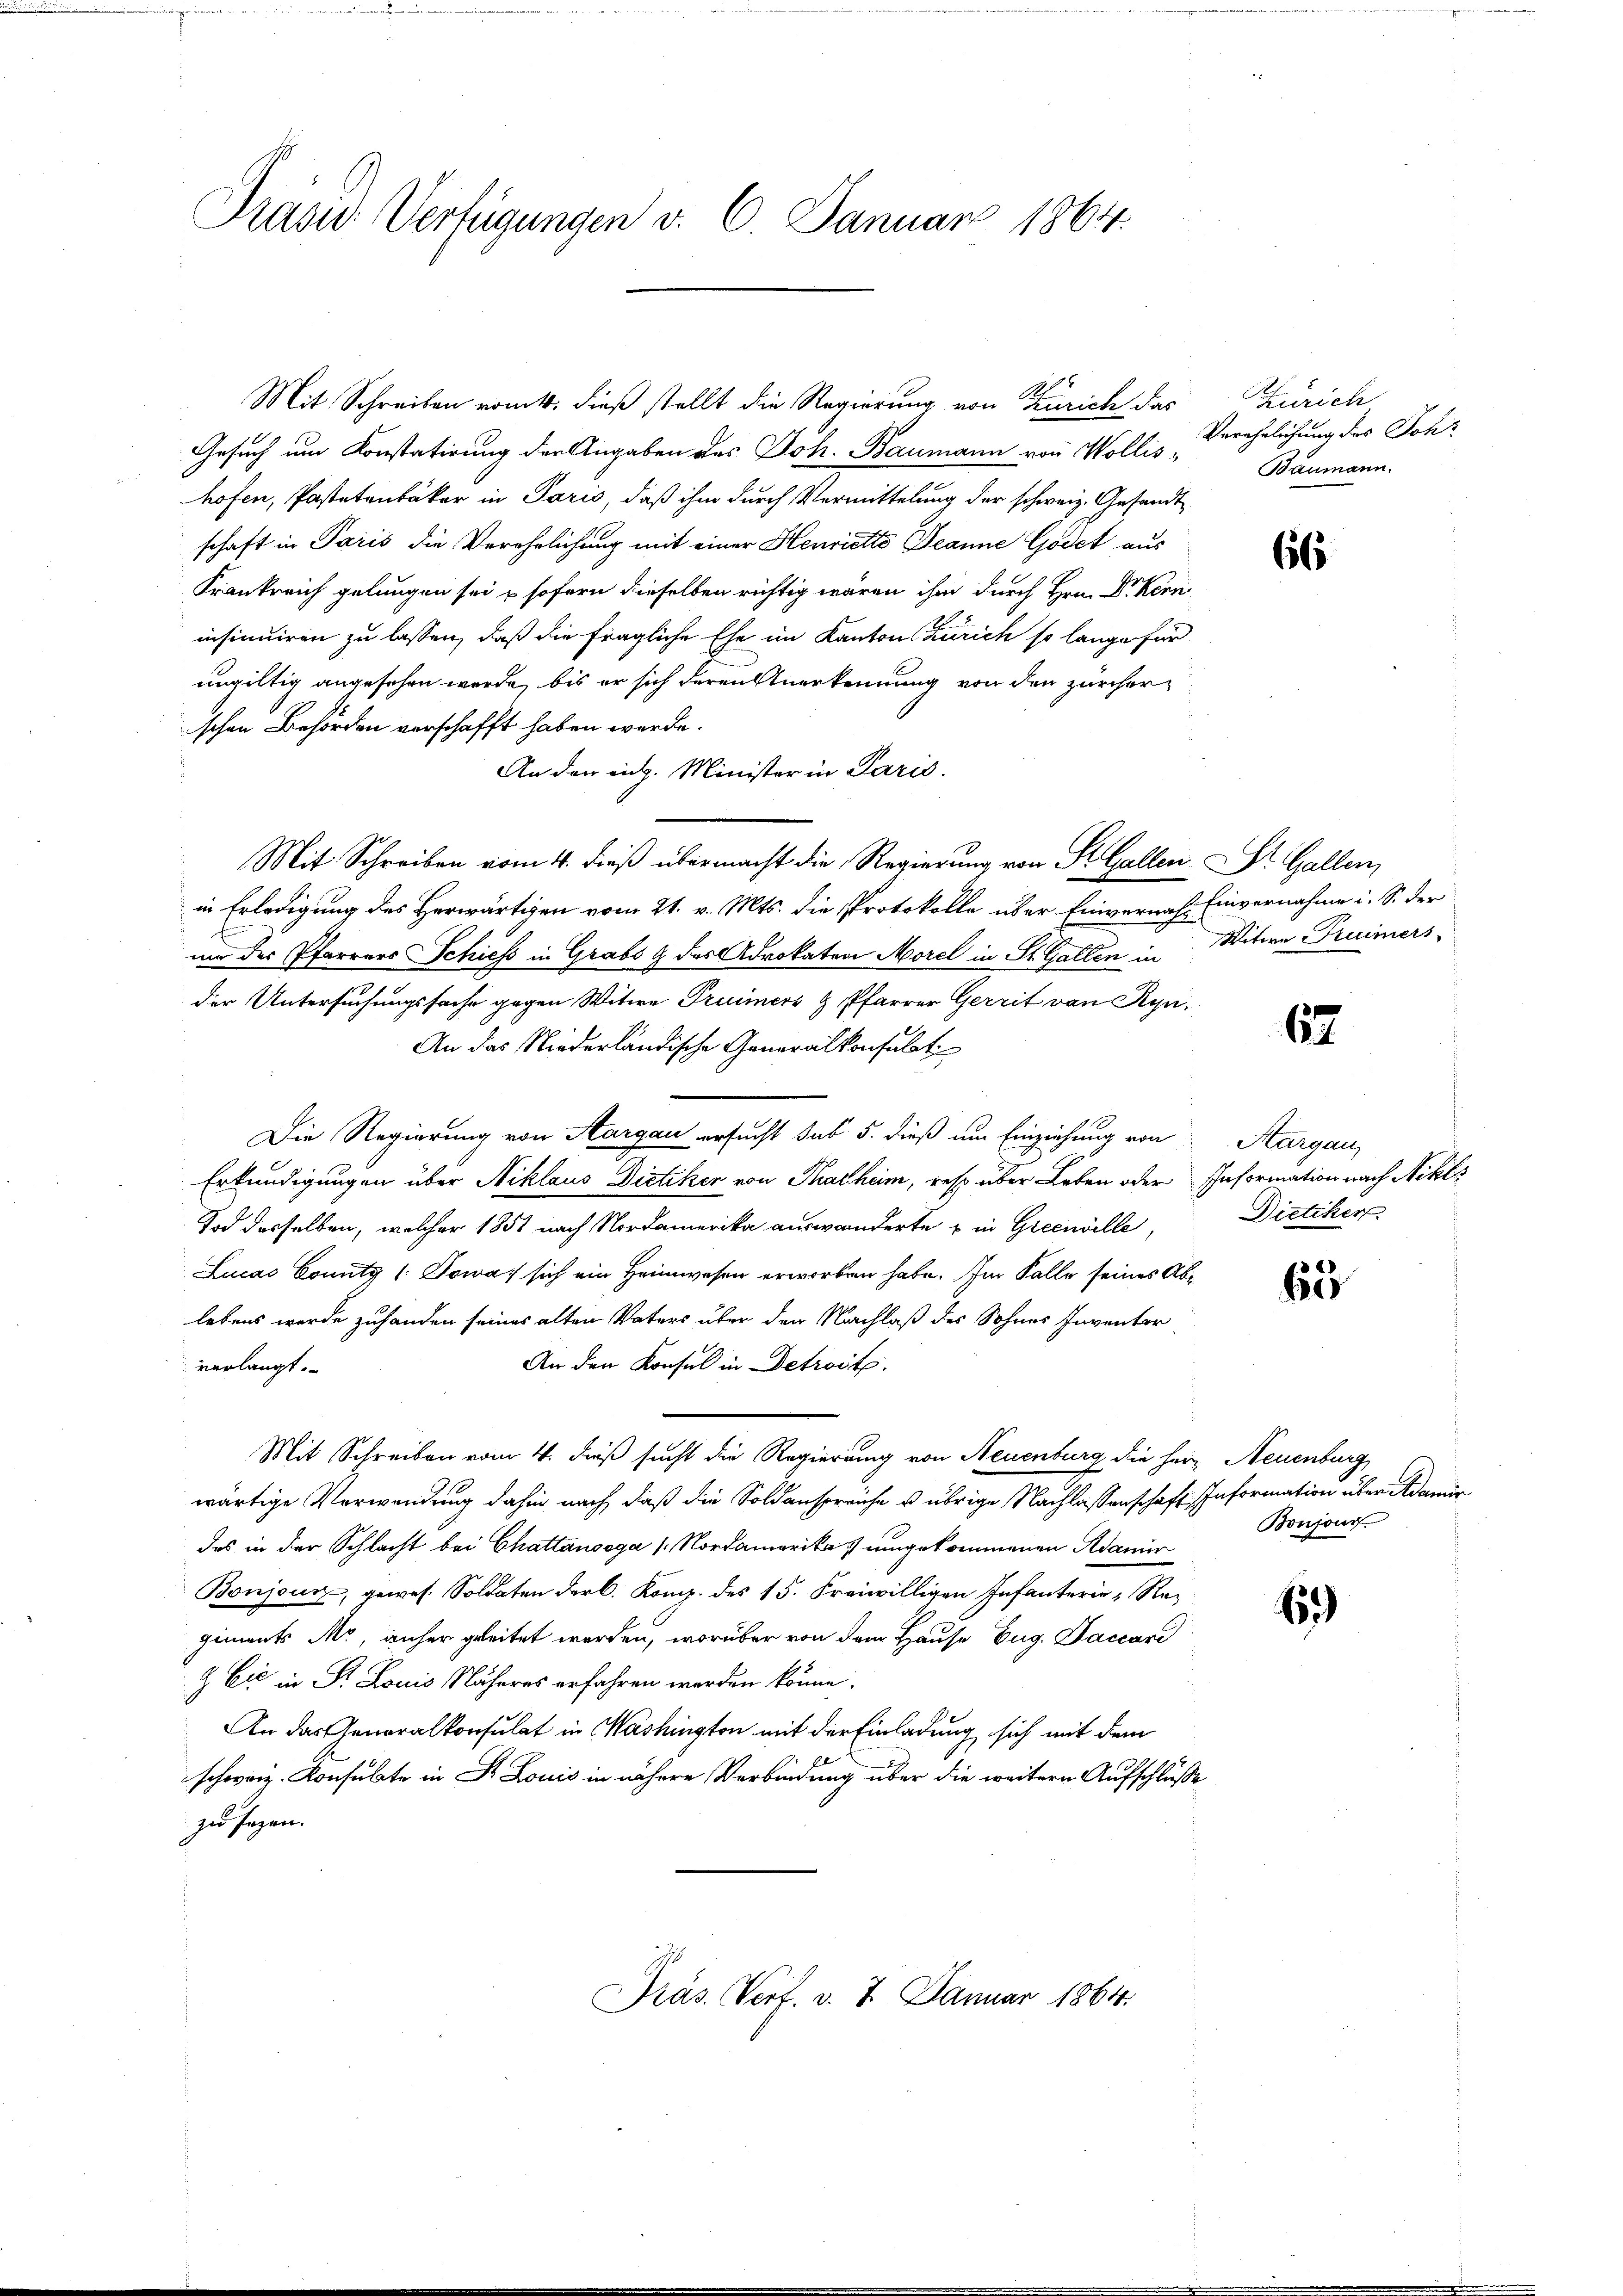
Prase Verfügungen v. 6. Januar 1864

Mit Schreiben romt, dieß stellt die Regierung von Zürich das
Gesuch um Konstatirung der Angaben des Joh. Baumann von Wollishofen, Pastetenbäker in Paris, daß ihm durch Vermittelung der schweiz. Gesandt
schaft in Paris die Verehelichung mit einer Henriette Jeanne Godet aus
Krankreich gelungen sei & sofern dieselben richtig wären ihm durch Hrn. Dr Kenn
insinuiren zu lassen, daß die fragliche Ehe im Kantons Zürich so lange für
ungültig angesehen werde, bis er sich deren Anerkennung von den zürcher
schen Behörden verschafft haben werde.
An den eidg. Minister in Paris.
Mit Schreiben vom 4. dieß übermacht die Regierung von St. Gallen St. Gallen,
in Erledigung des Herwärtigen vom 21. v. Mts. die Protokolle über Einvernach Einvernahme i. S. der
mm der Pfarrers Schiess in Grabs & des Advokaten Morel in St. Gallen in
der Untersuchungssache gegen Witwe Freimers & Pfarrer Gerrit von Ryn¬
An das Niederländische Generalkonsulat
Die Regierung von Aargau ersucht sub 5. dieß um Einziehung von
Erkundigungen über Niklaus Dietiker von Thalheim, resp. über Leben oder
Tod desselben, welcher 1851 nach Nordamerika auswanderte & in Greenville,
Lucas County (: Sowas sich ein Heimwesen erworben habe. Im Falle seines Ablebens werde zuhanden seines alten Vaters über den Nachlaß des Sohnes Inventer
An den Konsul in Detroit.
verlangt.
Mit Schreiben vom 4. dieß sucht die Regierung von Neuenburg die Herr Neuenburg
wärtige Verwendung dahin nach, daß die Soldanspreiche u. übrige Nachlassenschaft. Information über damir
das in der Schlacht bei Chattausega / Nordamerika umgekommenen Adamir
Bonjour, gewes. Soldaten der C. Komp. des 15. Freiwilligen Infanterie, Regiments Mr, anher geleitet worden, worüber von dem Hause Eug. Jaccari
& Cie in Dr. Louis Näheres erfahren werden könne.
An das Generalkonsulat in Washington mit der Einladung sich mit dem
schweiz. Konsulate in Dr. Louis in nähere Verbindung über die weitern Aufschlüsse
zu sagen.

Präs. Verf. v. 7. Januar 1864.

Zürich
Verehelichung des Joh¬
Baumann.

66

Witwe Freimers

62

Aargau,
Information nach Nikla
Dietiker.

62

6)

Boujour